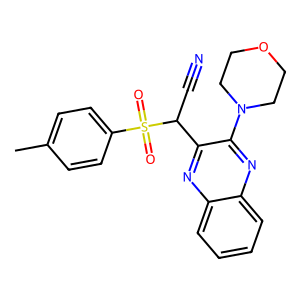
SMILES: Cc1ccc(S(=O)(=O)C(C#N)c2nc3ccccc3nc2N2CCOCC2)cc1
Inhibits HIV replication: No